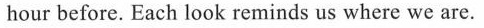
hour before. Each look reminds us where we are.